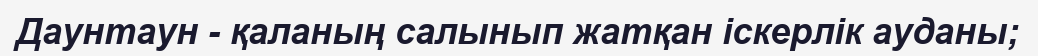
Даунтаун - қаланың салынып жатқан іскерлік ауданы;